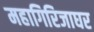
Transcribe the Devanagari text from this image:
महागिरिजाघर